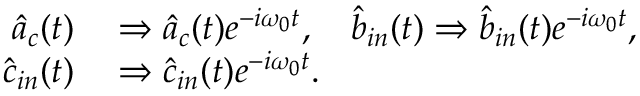
\begin{array} { r l } { \hat { a } _ { c } ( t ) } & { { } \Rightarrow \hat { a } _ { c } ( t ) e ^ { - i \omega _ { 0 } t } , \quad \hat { b } _ { i n } ( t ) \Rightarrow \hat { b } _ { i n } ( t ) e ^ { - i \omega _ { 0 } t } , } \\ { \hat { c } _ { i n } ( t ) } & { { } \Rightarrow \hat { c } _ { i n } ( t ) e ^ { - i \omega _ { 0 } t } . } \end{array}